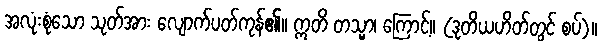
အလုံးစုံသော သုတ်အား လျောက်ပတ်ကုန်၏။ ဣတိ တသ္မာ၊ ကြောင့်။ (ဒုတိယဟိတ်တွင် စပ်)။